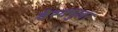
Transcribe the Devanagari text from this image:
वेस्क्युलर